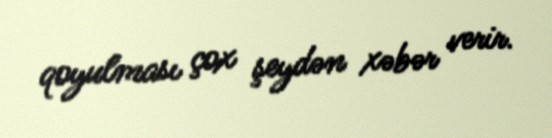
qoyulması çox şeydən xəbər verir.